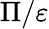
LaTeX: \Pi/\varepsilon